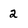
Character: 2